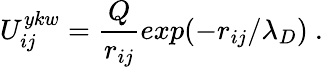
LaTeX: {U_{ij}^{ykw}={\frac{Q}{r_{ij}}}exp(-{r_{ij}}/{\lambda_{D}})}{~.}